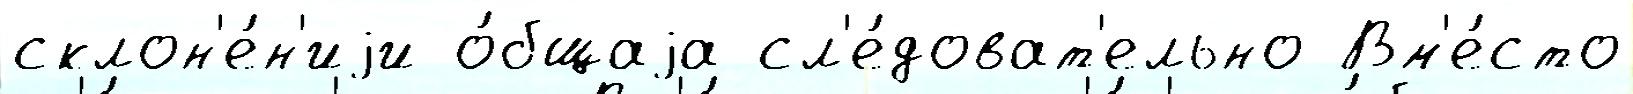
склон'е́н'иjи о́бщаjа сл'е́доват'ельно Вм'е́сто